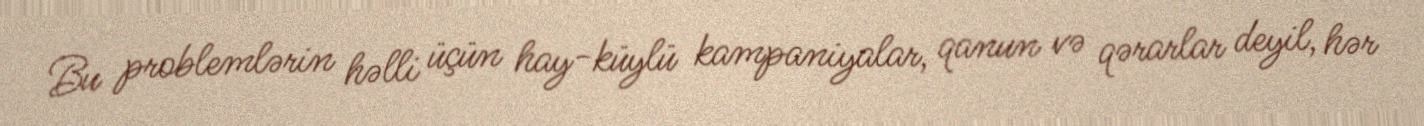
Bu problemlərin həlli üçün hay-küylü kampaniyalar, qanun və qərarlar deyil, hər